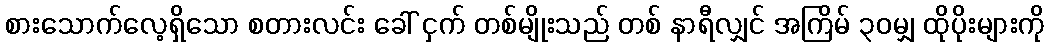
စားသောက်လေ့ရှိသော စတားလင်း ခေါ် ငှက် တစ်မျိုးသည် တစ် နာရီလျှင် အကြိမ် ၃၀မျှ ထိုပိုးများကို